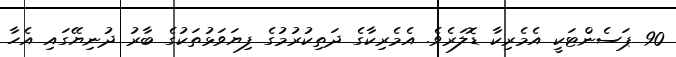
90 ޕަސެންޓަކީ އެމެރިކާ ޑޮލަރެވެ. އެމެރިކާގެ ދަތިކުރުމުގެ ފިޔަވަޅުތަކުގެ ބާރު ދުނިޔޭގައި އެހާ